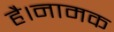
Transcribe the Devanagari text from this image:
है।नामक